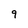
Character: 9